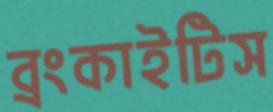
ব্রংকাইটিস